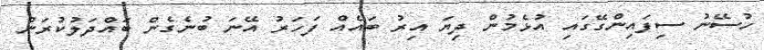
ހުސޭނު ސިފައިންގޭގައި އުޅެމުން ދިޔަ އިރު ބައެއް ފަހަރު އޭނަ ބުނެގެން ބައްދަލުކުރަން